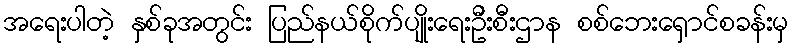
အရေးပါတဲ့ နှစ်ခုအတွင်း ပြည်နယ်စိုက်ပျိုးရေးဦးစီးဌာန စစ်ဘေးရှောင်စခန်းမှ